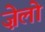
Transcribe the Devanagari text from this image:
ज़ेलो